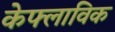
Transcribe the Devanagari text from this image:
केफ्लाविक